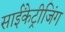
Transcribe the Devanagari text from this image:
साईंकेट्रीजिंग